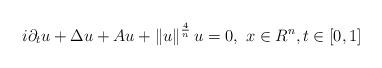
LaTeX: \begin{align*}i\partial _{t}u+\Delta u+Au+\left\Vert u\right\Vert ^{\frac{4}{n}}u=0,\text{ }x\in R^{n},t\in \left[ 0,1\right] \end{align*}